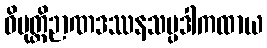
ဝိမုတ္တိဉာဏဒဿနသမ္ပဒါကထာယ